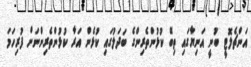
އަންޗެލޮޓީ ބުނީ އަނިޔާގައި ތިބޭ ކުޅުންތެރިންގެ ބަދަލުގައި ކުޅެން އަރާ ކުޅުންތެރިންނަށް ފުރިހަމަ